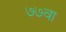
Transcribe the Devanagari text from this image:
७७वा